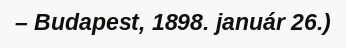
– Budapest, 1898. január 26.)